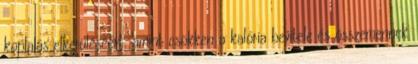
koplalás elkerüléséért: amint csökken a kalória bevitele és összemennek